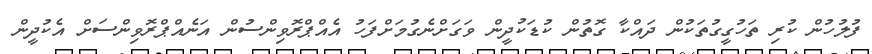
ފުލުހުން ކުރި ތަހުގީގުތަކުން ދައްކާ ގޮތުން ކުޑަކުދީން ވަގަށްނެގުމަށްފަހު އެއްޕްރޮވިންސުން އަނެއްޕްރޮވިންސަށް އެކުދީން